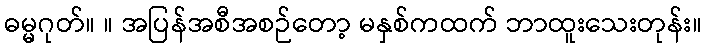
ဓမ္မဂုတ်။ ။ အပြန်အစီအစဉ်တော့ မနှစ်ကထက် ဘာထူးသေးတုန်း။